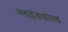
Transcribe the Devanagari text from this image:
ब्लाइंडफोल्ड